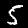
Digit: 5